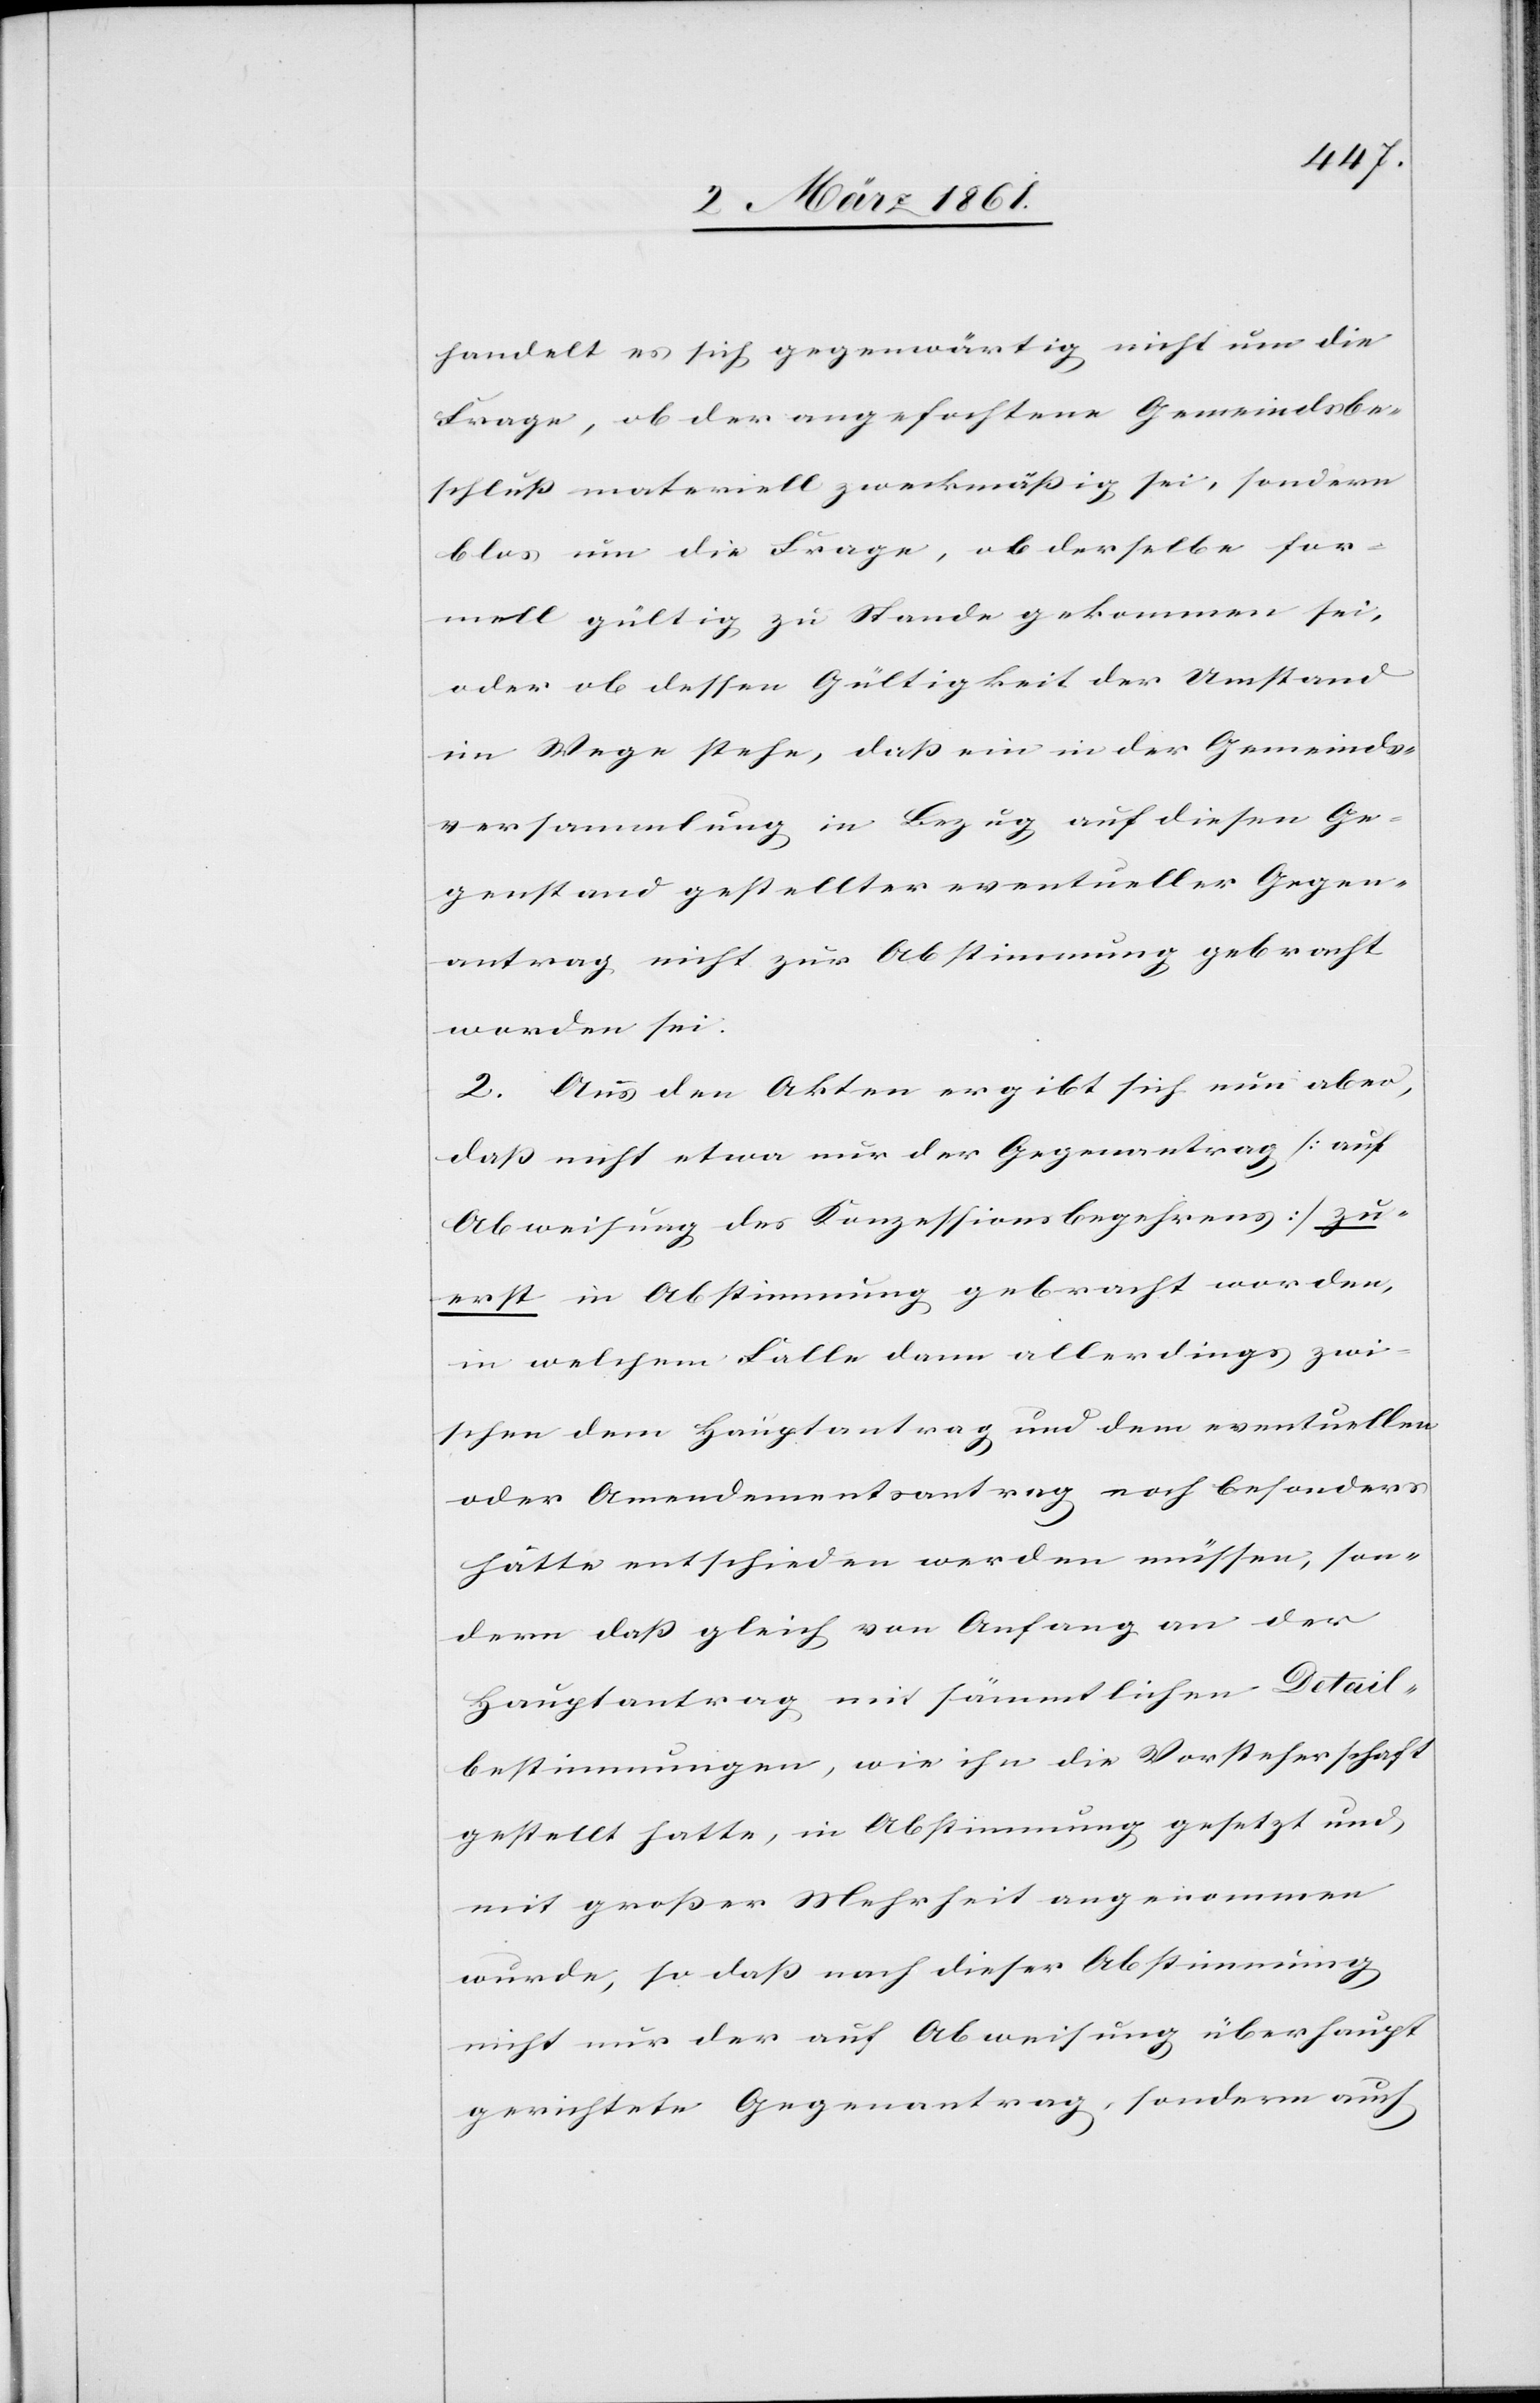
handelt es sich gegenwärtig nicht um die
Frage, ob der angefochtene Gemeindsbe¬
schluss materiell zweckmässig sei, sondern
blos um die Frage, ob derselbe for¬
mell gültig zu Stande gekommen sei,
oder ob dessen Gültigkeit der Umstand
im Wege stehe, dass ein in der Gemeinds¬
versammlung in Bezug auf diesen Ge¬
genstand gestellter eventueller Gegen¬
antrag nicht zur Abstimmung gebracht
worden sei.
2. Aus den Akten ergibt sich nun aber,
dass nicht etwa nur der Gegenantrag (auf
Abweisung des Konzessionsbegehrens) zu¬
erst in Abstimmung gebracht worden,
in welchem Falle dann allerdings zwi¬
schen dem Hauptantrag und dem eventuellen
oder Amendementsantrag noch besonders
hätte entschieden werden müssen, son¬
dern dass gleich von Anfang an der
Hauptantrag mit sämmtlichen Detail¬
bestimmungen, wie ihn die Vorsteherschaft
gestellt hatte, in Abstimmung gesetzt und,
mit grosser Mehrheit angenommen
wurde, so dass nach dieser Abstimmung
nicht nur der auf Abweisung überhaupt
gerichtete Gegenantrag, sondern auch